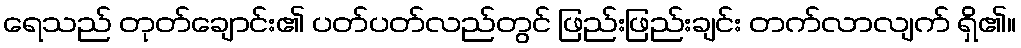
ရေသည် တုတ်ချောင်း၏ ပတ်ပတ်လည်တွင် ဖြည်းဖြည်းချင်း တက်လာလျက် ရှိ၏။